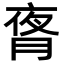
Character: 𬂃